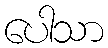
ပေါသာ